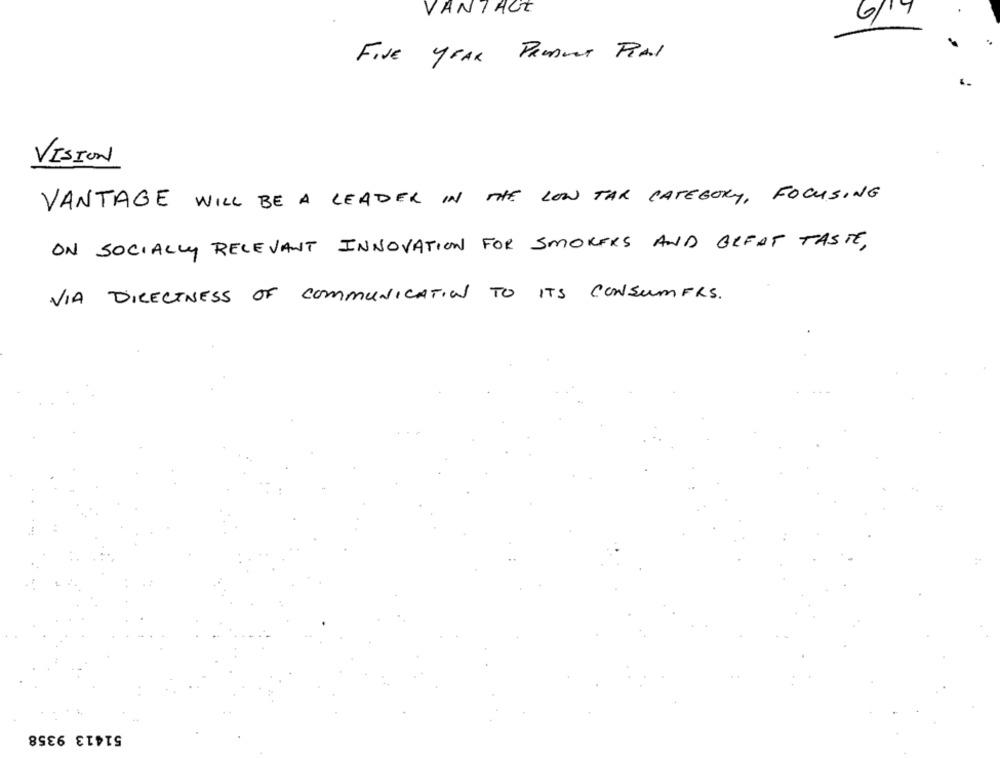
VANTAGE
6/7
FIVE YEAR PRODUCT PIAL
VISION
VANTAGE WILL BE A LEADER IN THE LOW TAR CATEGORY, FOCUSING
ON SOCIALLY RELEVANT INNOVATION FOR SMOKERS AND GREAT TASTE,
VIA DIRECTNESS OF COMMUNICATION TO ITS CONSUMERS.
51413 9358